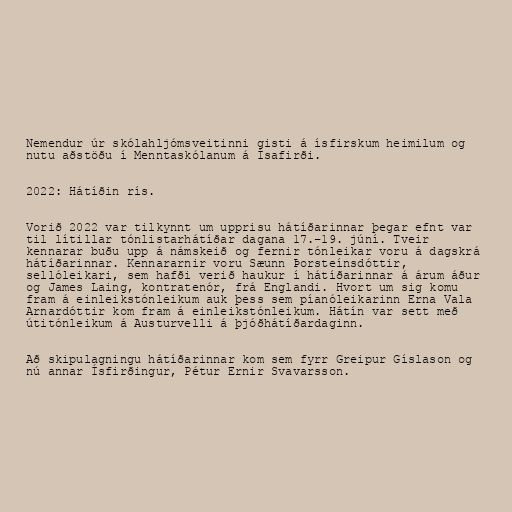
Nemendur úr skólahljómsveitinni gisti á ísfirskum heimilum og
nutu aðstöðu í Menntaskólanum á Ísafirði.

2022: Hátíðin rís.

Vorið 2022 var tilkynnt um upprisu hátíðarinnar þegar efnt var
til lítillar tónlistarhátíðar dagana 17.–19. júní. Tveir
kennarar buðu upp á námskeið og fernir tónleikar voru á dagskrá
hátíðarinnar. Kennararnir voru Sæunn Þorsteínsdóttir,
sellóleikari, sem hafði verið haukur í hátíðarinnar á árum áður
og James Laing, kontratenór, frá Englandi. Hvort um sig komu
fram á einleikstónleikum auk þess sem píanóleikarinn Erna Vala
Arnardóttir kom fram á einleikstónleikum. Hátín var sett með
útitónleikum á Austurvelli á þjóðhátíðardaginn.

Að skipulagningu hátíðarinnar kom sem fyrr Greipur Gíslason og
nú annar Ísfirðingur, Pétur Ernir Svavarsson.